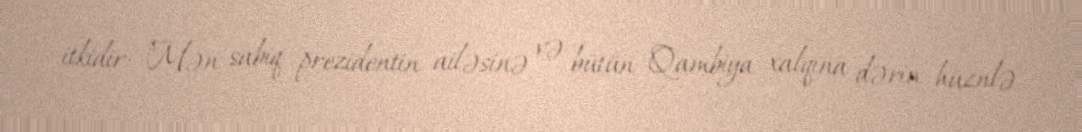
itkidir: "Mən sabiq prezidentin ailəsinə və bütün Qambiya xalqına dərin hüznlə